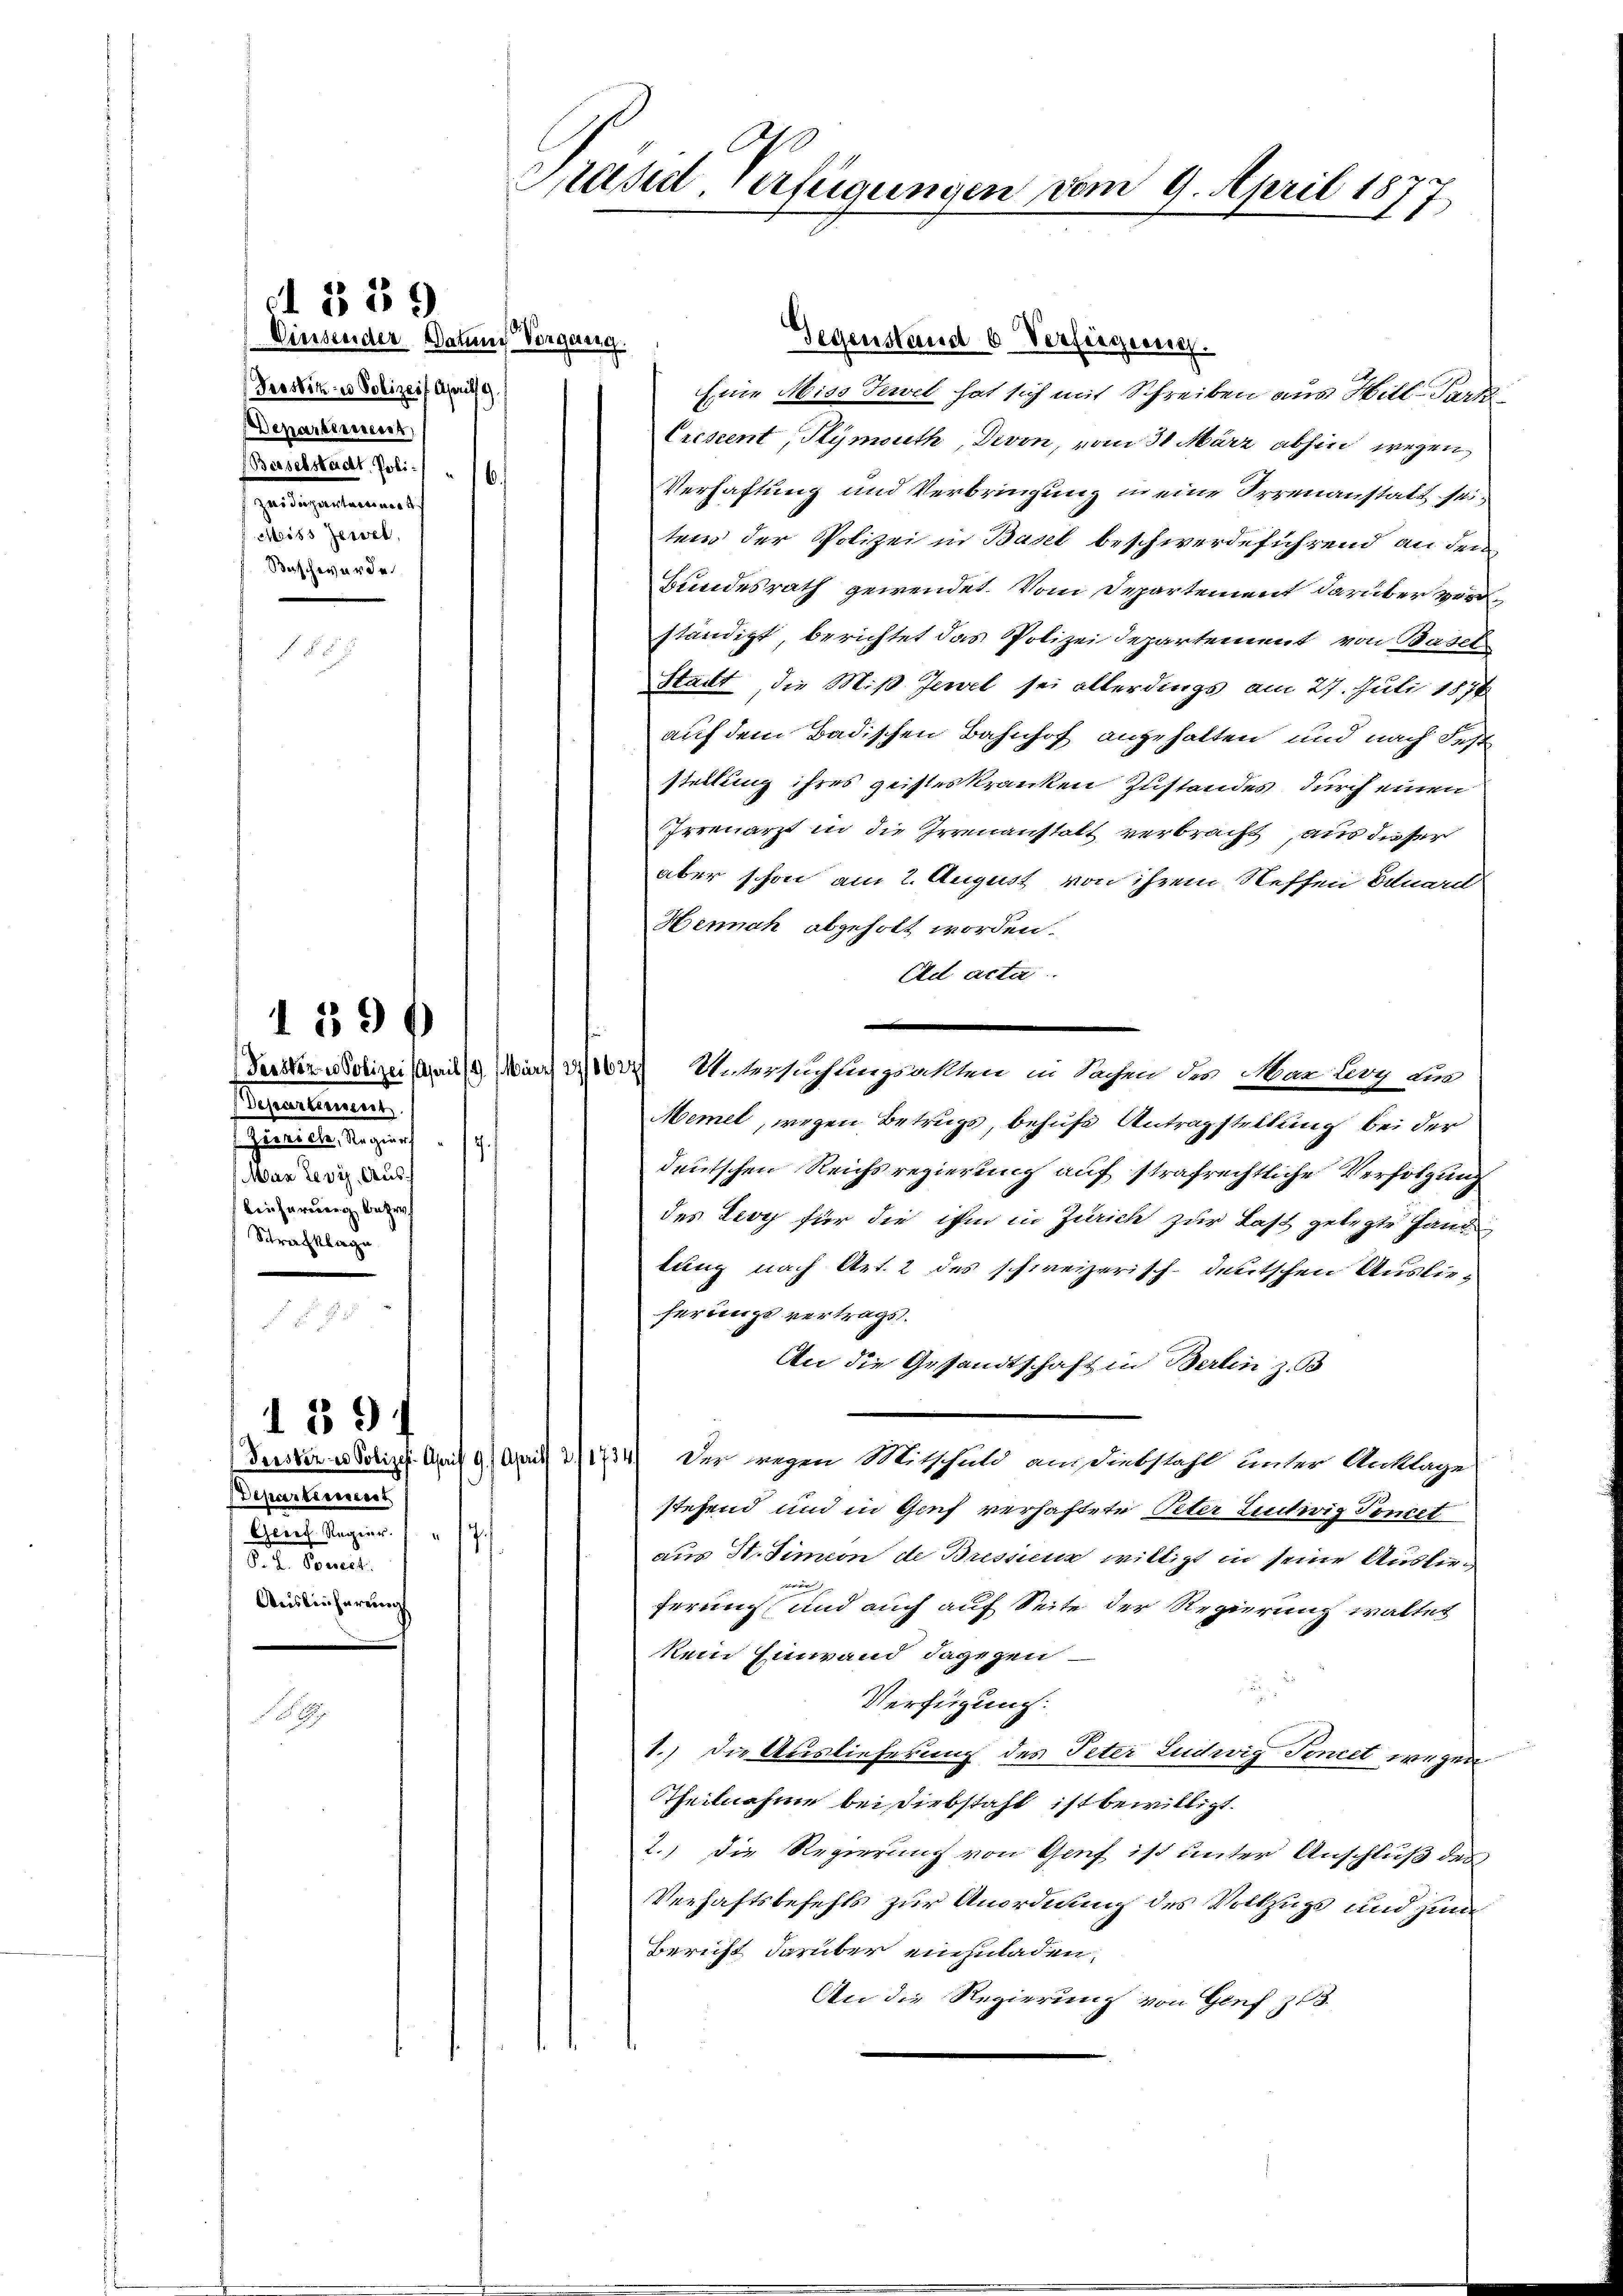
Einsender Datum Vorgerung.
Prostitus Polizeif. April 19
Departisiert,
Besselstadt, Poli¬
6.
Zai diesentartiert.
Meiss Jersel
Beschwerde

I 339

Departeresent.
Zörrich, Regier.
¬
Mar Leviz. Aus¬
Einherberg bezeich
Strafklage

139

Departienerst
Gerech Regier.   "  17
8. d. Somit
Auslieferung

139 f

Eine Miss Tewel hat sich mit Schreiben aus Wille Forde
Cresent, Plymouth, Devon, vom 31. März abhin wegen
Verhaftung und Verbringung in eine Irrenanstatt seitend der Polizei in Basel beschwerdeführend an den
Bundesrath gewendet. Vom Departement darüber ver
ständigt, berichtet das Polizei Departement von Basel
Stadt die Miß Jewel sei allerdings am 27. Juli 1874
auf dem Badischen Bahnhof angehalten und nach Fest
stellung ihres geisteskranken Zustandes, durch einen
Irrenarzt in die Irrenanstatt verbracht, aus dieser
aber schon am 2. August von ihrem Neffen Eduard
Hennah abgeholt worden.
Ed acta.
Perztiz & Polizei (mit 14 März 1800 Untersuchlingsakten in Sachen des Man bey die
Memel, wegen Betrugs, behufe Antragstellung bei der
deutschen Reichsregierung auf strafrechtliche Verfolgung
des Levy für die ihm in Zürich zur Last gelegte Hand
lung nach Art. 2 des schweizerisch-deutschen Auslieferungsvertrags.
An die Gesandtschaft in Berlin z. B
Gerster es Polizei. April 9) April 211734) Der wegen Mitschuld am Diebstahl unter Anklage
stehend und in Genf verhaftete Peter Lentwig Toncet
aus St. Simeon de Bressieur willigt in seine Ausferferung und auch auf Seite der Regierung waltet
kein Einwand dagegen
Verfügung.
1.) Die Auslieferung des Peter Ludwig Toncet wegen
Theilnahme bei Diebstahl ist bewilligt.
2.) Die Regierung von Genf ist unter Anschluß des
Verhaftsbefehls zur Anordnung des Vollzugs und zum
Bericht darüber einzuladen.
An die Regierung von Genf 13

d
Präsid. Verfügungen vom 9. April 187
s

Gegenstand b. Verfügung.